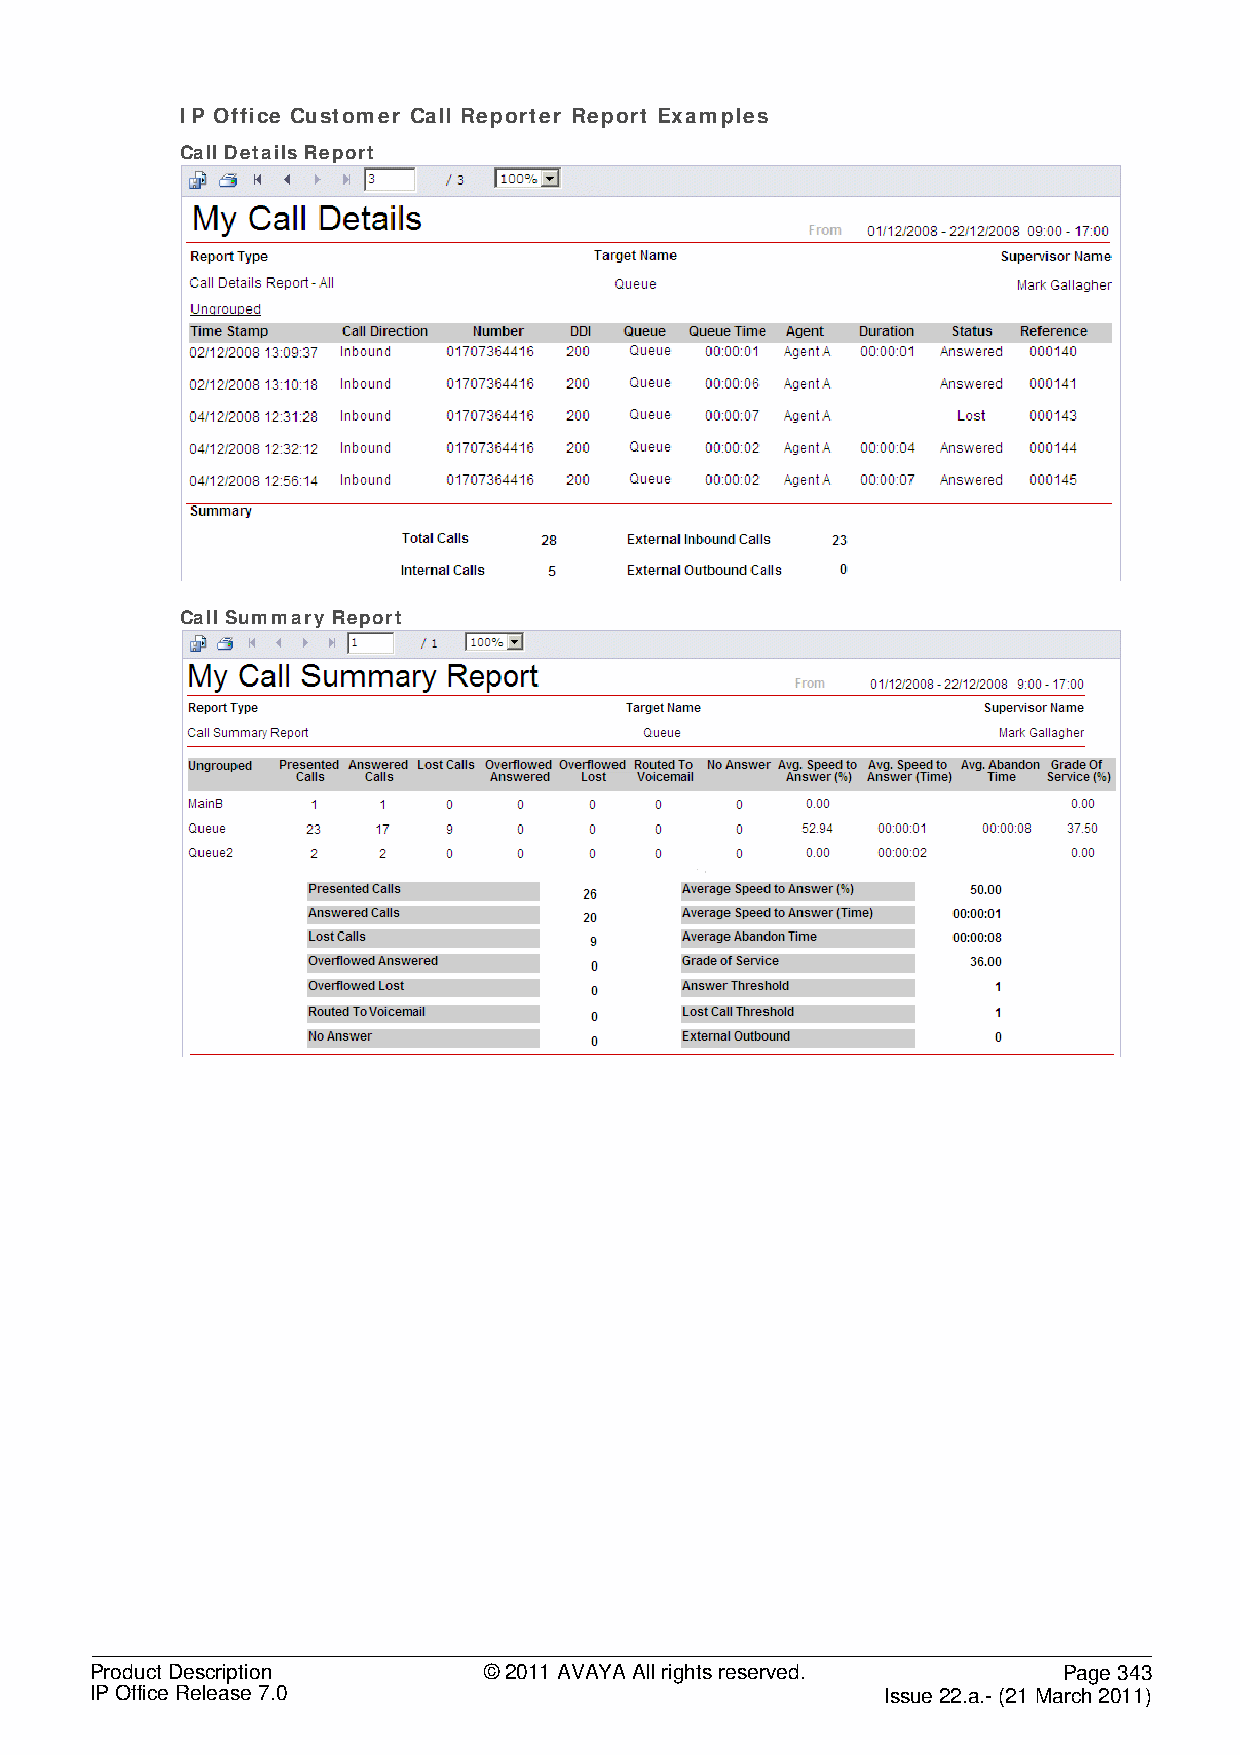
IP Office Customer Call Reporter Report Examples
 Call Details Report
 Call Summary Report
 Product Description       © 2011 AVAYA All rights reserved.     Page 343
 IP Office Release 7.0                                Issue 22.a.- (21 March 2011)